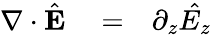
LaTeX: \begin{array}{rlr}{{\mathbf\nabla}\cdot\hat{{\mathbf E}}}&{{}=}&{\partial_{z}\hat{E_{z}}}\end{array}